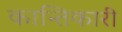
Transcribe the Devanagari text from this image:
कान्तिकारी